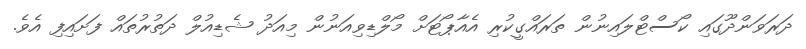
ދަރަވަންދޫގައި ކޯސްޓްލައިނުން ތަރައްގީކުރި އެއާޕޯޓަށް މޯލްޑިވިއަނުން މިއަދު ޝެޑިއުލް ދަތުރުތައް ފަށައިފި އެވެ.